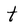
Character: t